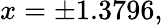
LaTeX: x=\pm 1.3796,